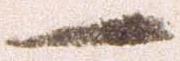
一